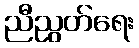
ညီညွတ်ရေး